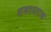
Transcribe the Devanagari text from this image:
शब्दघटक